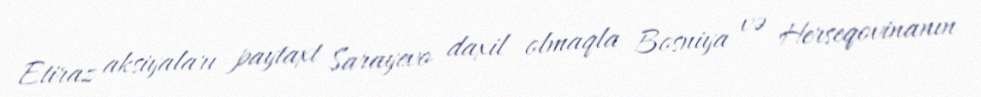
Etiraz aksiyaları paytaxt Sarayevo daxil olmaqla Bosniya və Herseqovinanın